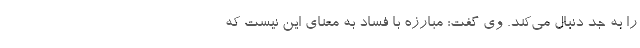
را به جد دنبال می‌کند. وی گفت: مبارزه با فساد به معنای این نیست که